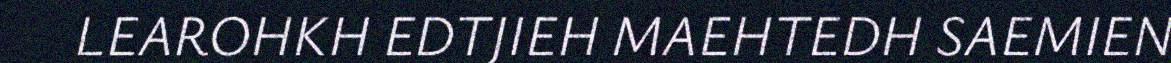
LEAROHKH EDTJIEH MAEHTEDH SAEMIEN